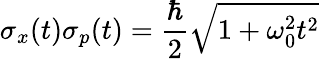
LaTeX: \sigma_{x}(t)\sigma_{p}(t)={\frac{\hbar}{2}}{\sqrt{1+\omega_{0}^{2}t^{2}}}